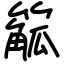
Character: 䉉